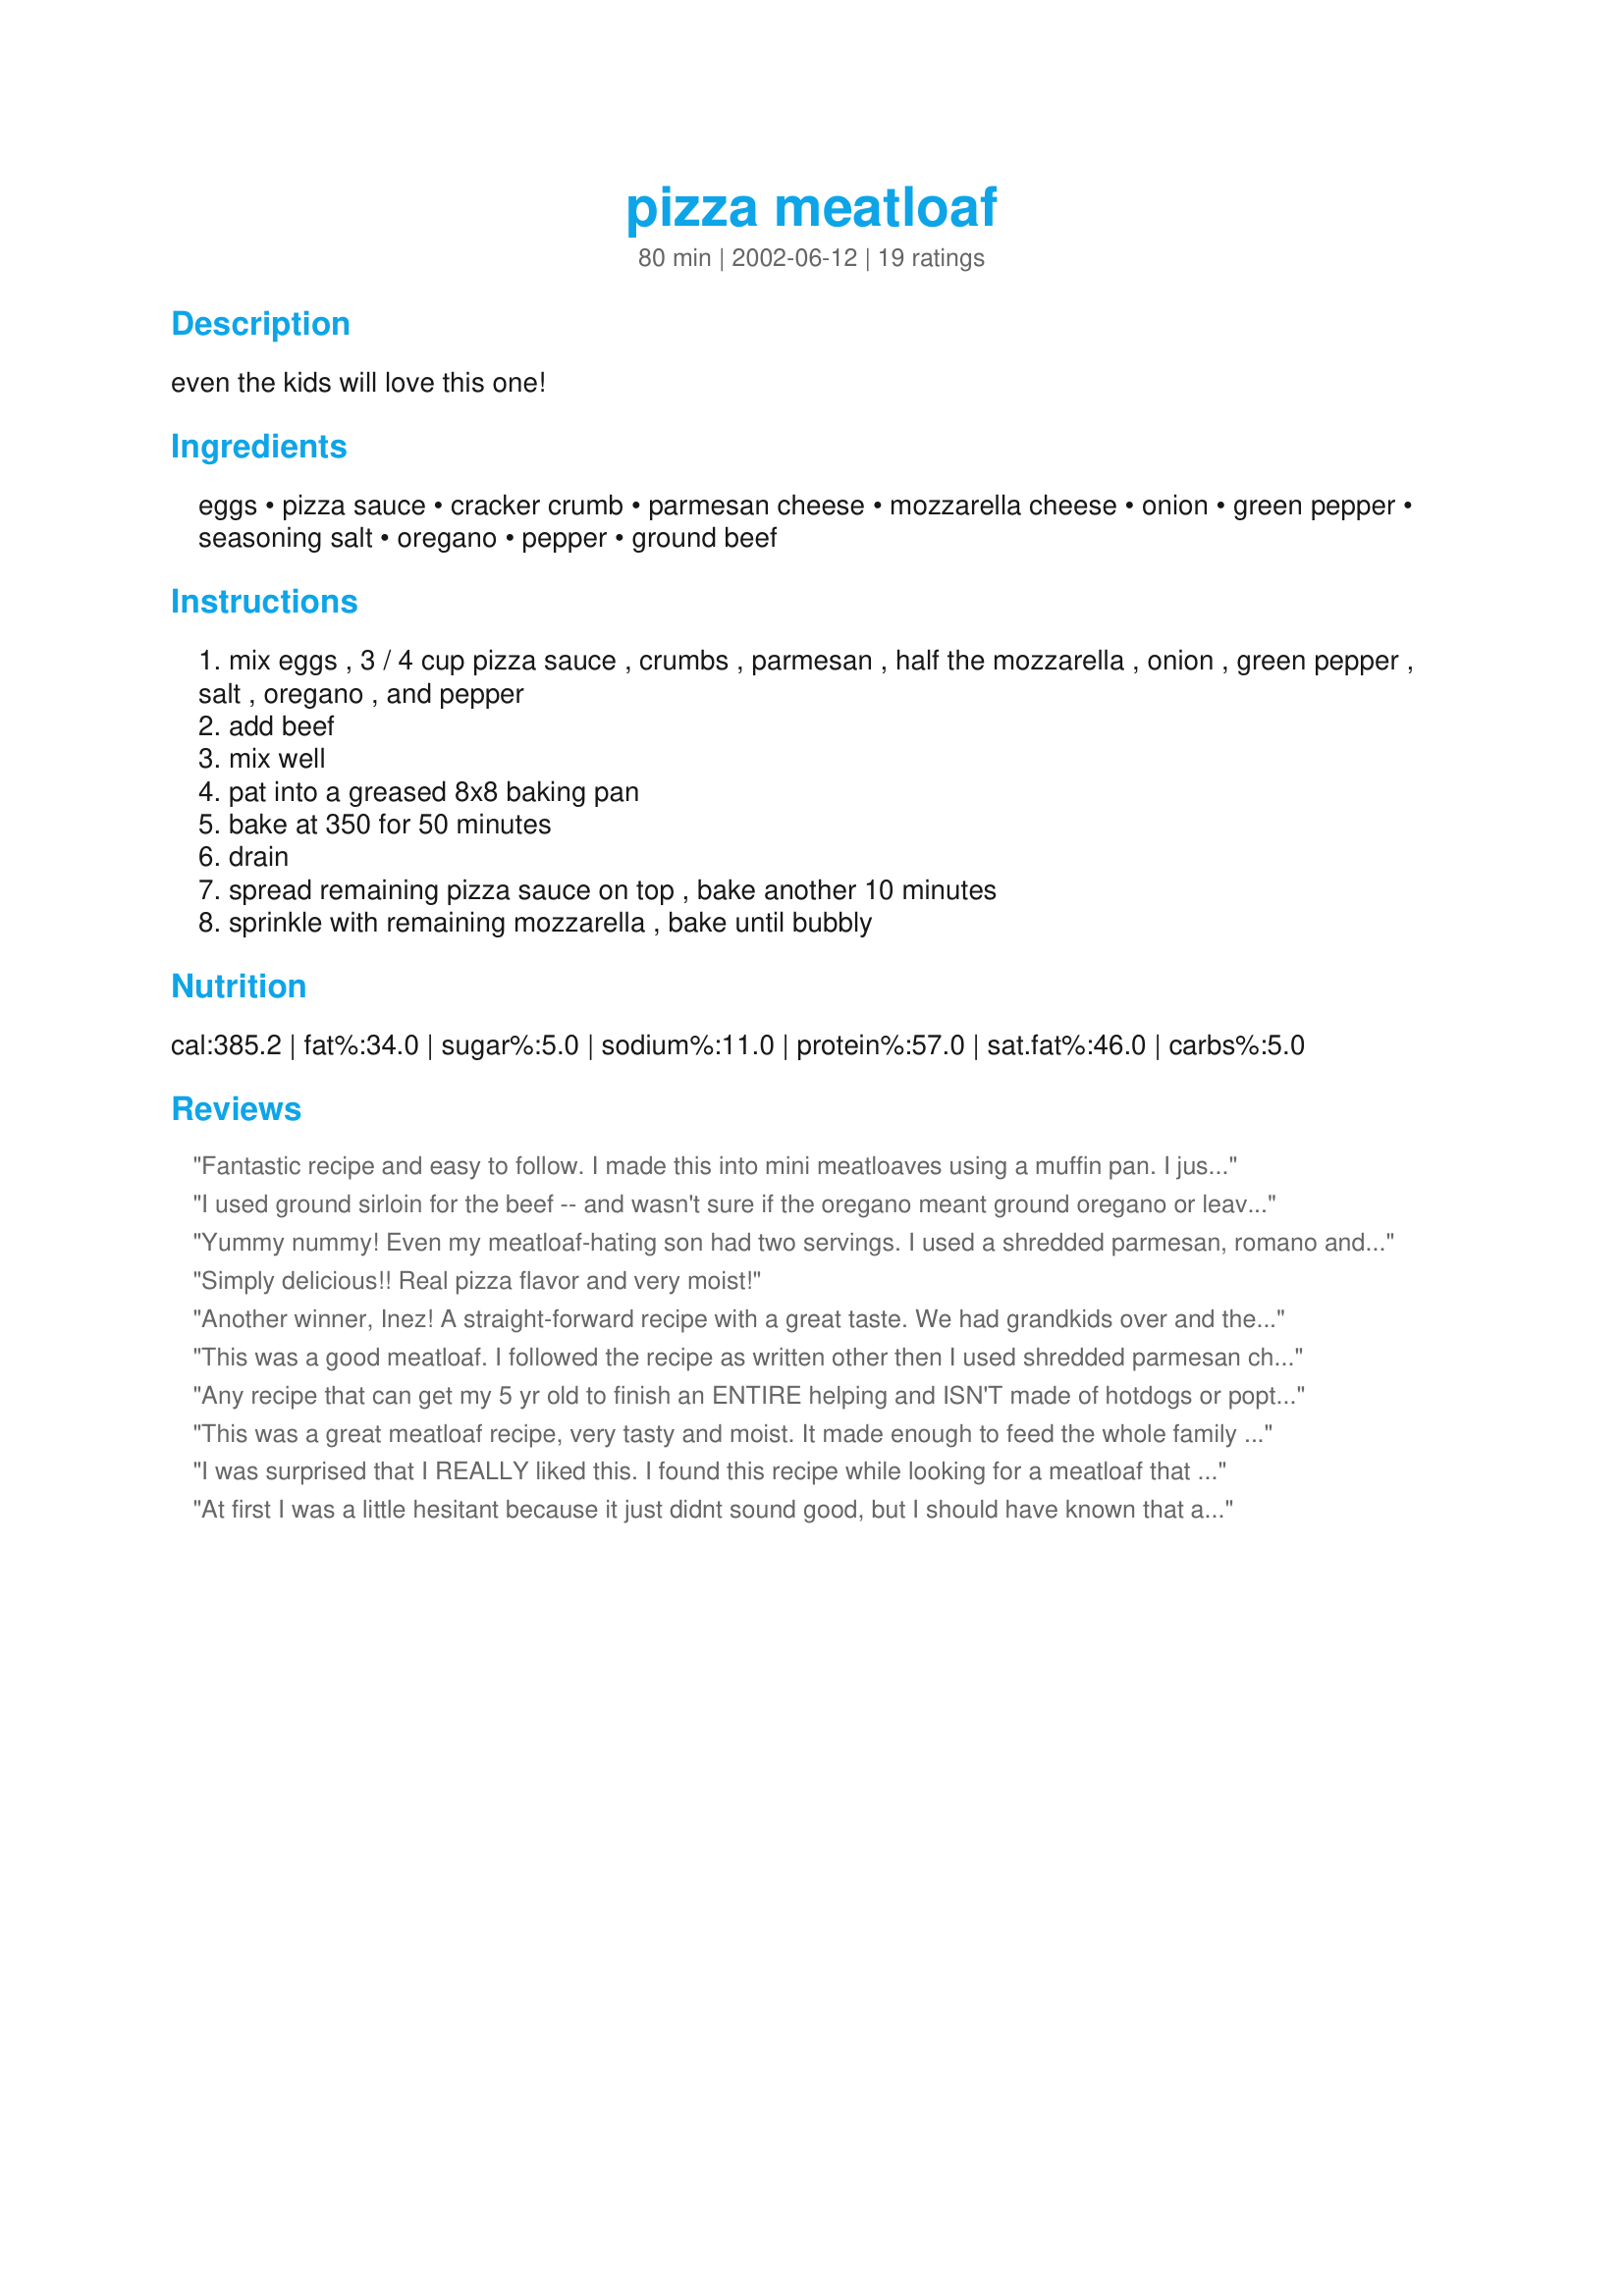
pizza meatloaf
Preparation time: 80 minutes

even the kids will love this one!

Ingredients:
eggs, pizza sauce, cracker crumb, parmesan cheese, mozzarella cheese, onion, green pepper, seasoning salt, oregano, pepper, ground beef

Steps:
mix eggs , 3 / 4 cup pizza sauce , crumbs , parmesan , half the mozzarella , onion , green pepper , salt , oregano , and pepper
add beef
mix well
pat into a greased 8x8 baking pan
bake at 350 for 50 minutes
drain
spread remaining pizza sauce on top , bake another 10 minutes
sprinkle with remaining mozzarella , bake until bubbly

Reviews:
Fantastic recipe and easy to follow. I made this into mini meatloaves using a muffin pan. I just patted the meat into the muffin cups, then made a small indent in the middle. I cooked them about 25 minutes (I like my meat well done), then added more sauce into the tops of the loaves and added lots of cheese (my husband loves cheese). I highly recommend this meatloaf recipe...even for the pickiest of eaters.
I used ground sirloin for the beef -- and wasn't sure if the oregano meant ground oregano or leaves. I used ground. This was super tasty -- even my picky 9-year-old liked it (a miracle!!!!!) I made it for guests on Christmas and all pronounced it great.
Yummy nummy! Even my meatloaf-hating son had two servings. I used a shredded parmesan, romano and reggiano blend. Also, to give it a better pizza flavor (having seen other reviews), I did a middle layer of pepperoni and mozzarella. Then, I topped it with more pepperoni and mozzarella. That seemed to take it over the top and make it truly fabulous. A great recipe!
Simply delicious!! Real pizza flavor and very moist!
Another winner, Inez! A straight-forward recipe with a great taste. We had grandkids over and they took seconds so that says a lot. Just to have a little fun, I used Cajun seasoning for the seasoning salt. VERY pleased with the results. The loaf held together very well and sliced up nicely for sandwiches. Thanks.
This was a good meatloaf. I followed the recipe as written other then I used shredded parmesan cheese and used the whole 1/2 cup of mozzarella cheese in the meatloaf. I didn't add the green pepper and used a teaspoon of italian seasoning instead of the oregano. I topped with even more pizza sauce then what was left of the 8 ounces. I then used about another 1/2 cup of mozzarella to top. This was good when made but we thought it was even better the next day. We too thought it would have more of a pizza taste to eat but it was enjoyed just the same. Next time I may try adding a bit more seasoning.
Any recipe that can get my 5 yr old to finish an ENTIRE helping and ISN'T made of hotdogs or poptarts is a WINNER in my house! Everyone loved it! I did split the meat in half and layer a bit of suace & cheese before putting the rest of the meatloaf on top.
This was a great meatloaf recipe, very tasty and moist. It made enough to feed the whole family again the next day, and possibly tasted even better warmed up. It was a big hit at my house.
I was surprised that I REALLY liked this. I found this recipe while looking for a meatloaf that doesn't use ketchup. Very yummy. I cut this recipe in half and still had what I considered to be 6-8 servings.
At first I was a little hesitant because it just didnt sound good, but I should have known that any recipe posted by Inez would be great, made it today......it was really good, a nice change, wasnt as pizza like as I thought but really made the meat loaf "zippier"
Thanks again for another great recipe Inez....
Really good! The only changes I made was to sub 1C quick oats for the 1C bread crumbs, and to use regular salt instead of seasoned salt. A hit with our whole family. Thanks for sharing!
Very yummy and easy to make. The kids (a 2 and a 4 year-old) loved it and asked for seconds. We had it with mashed potatoes and fruit salad, and will definitely make again. Thanks so much!
Wanted to try something different so we tryed this, and are very happy with this recipe and it is my cookbook now, Thank You
 Dale and Sue Monnot
This was expecially good the next night reheated!
Good meatloaf, however I expecting a more pronounced pizza flavor. I used more pizza sauce as the topping, probably about 1/2 cup. This makes a lot; leftovers were good cold in meatloaf sandwiches.
I feed 3 people and I froze up one meatloaf. 2 of 3 enjoyed it, The one who didn't is a very picky eater. So I won't be making again. But I thought it was really good
This sounds like a must try meatloaf. Of course I kept it. I am tempted to add (a bit)of paprika, red pepper flakes and anise to try to get a pepperoni taste. I might even add some of the leftovers on my own pizza. Andre!
I wanted something different than our usual meatloaf. This was perfect. Very easy to make. Great seasonings. My family and even the kids loved this and gave it 5-stars. The pizza sauce gives it a nice little zip. Thanks Inez, love your recipes.
This meatloaf was excellent. I did use double of the pizza sauce and mozzarella cheese and did a middle layer with the addition. I highly recommend doing this. My entire family enjoyed this meatloaf. Great recipe!
